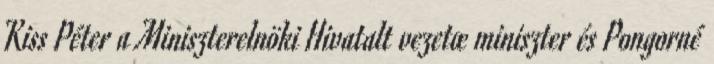
Kiss Péter a Miniszterelnöki Hivatalt vezetœ miniszter és Pongorné